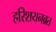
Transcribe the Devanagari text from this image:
हरिशयनव्रत